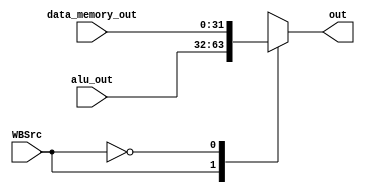
module WRcontrol (
	input [31:0] data_memory_out,
	input [31:0] alu_out,
	//input [31:0] plus_4_out,
	input  WBSrc,

	output reg [31:0] out
);

always @(*) begin
	case(WBSrc)
		//2'b00: out = plus_4_out;
		1'b1: out = alu_out;
		1'b0: out = data_memory_out;
		default: out = 0;
	endcase // WBSrc
end

endmodule